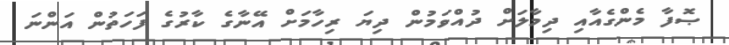
ޞޮފާ މެންގެއާއި ދިމާލަށް ދުއްވަމުން ދިޔަ ރިހާމަށް އޭނާގެ ކާރުގެ ފަހަތުން އަންނަ